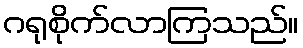
ဂရုစိုက်လာကြသည်။